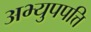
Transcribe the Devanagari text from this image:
अभ्युपपत्ति